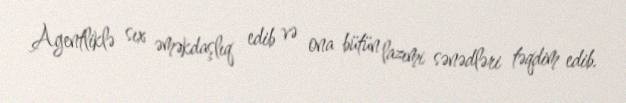
Agentliklə sıx əməkdaşlıq edib və ona bütün lazımi sənədləri təqdim edib.